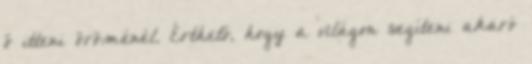
ő itteni öröménél. Érthető, hogy a világon segíteni akaró